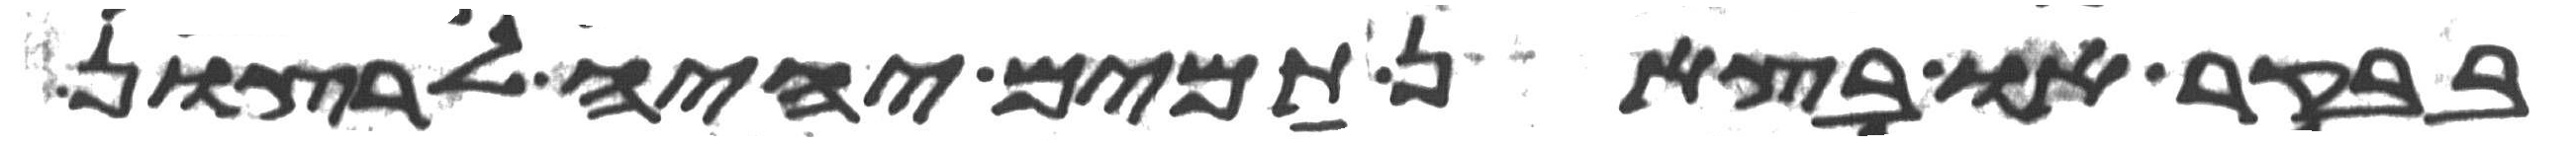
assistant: בבקר או בצאן תמים יהיה לרצון